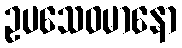
ဥပသေဝမာနော